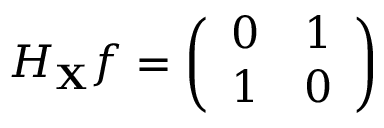
H _ { \mathbf { X } } f = { \left( \begin{array} { l l } { 0 } & { 1 } \\ { 1 } & { 0 } \end{array} \right) }